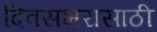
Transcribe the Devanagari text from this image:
दिवसभरासाठी